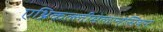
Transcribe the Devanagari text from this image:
एथ्निकल्लीमेलानेसियन